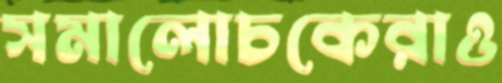
সমালোচকেরাও